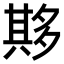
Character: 𫯔